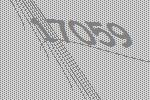
17059